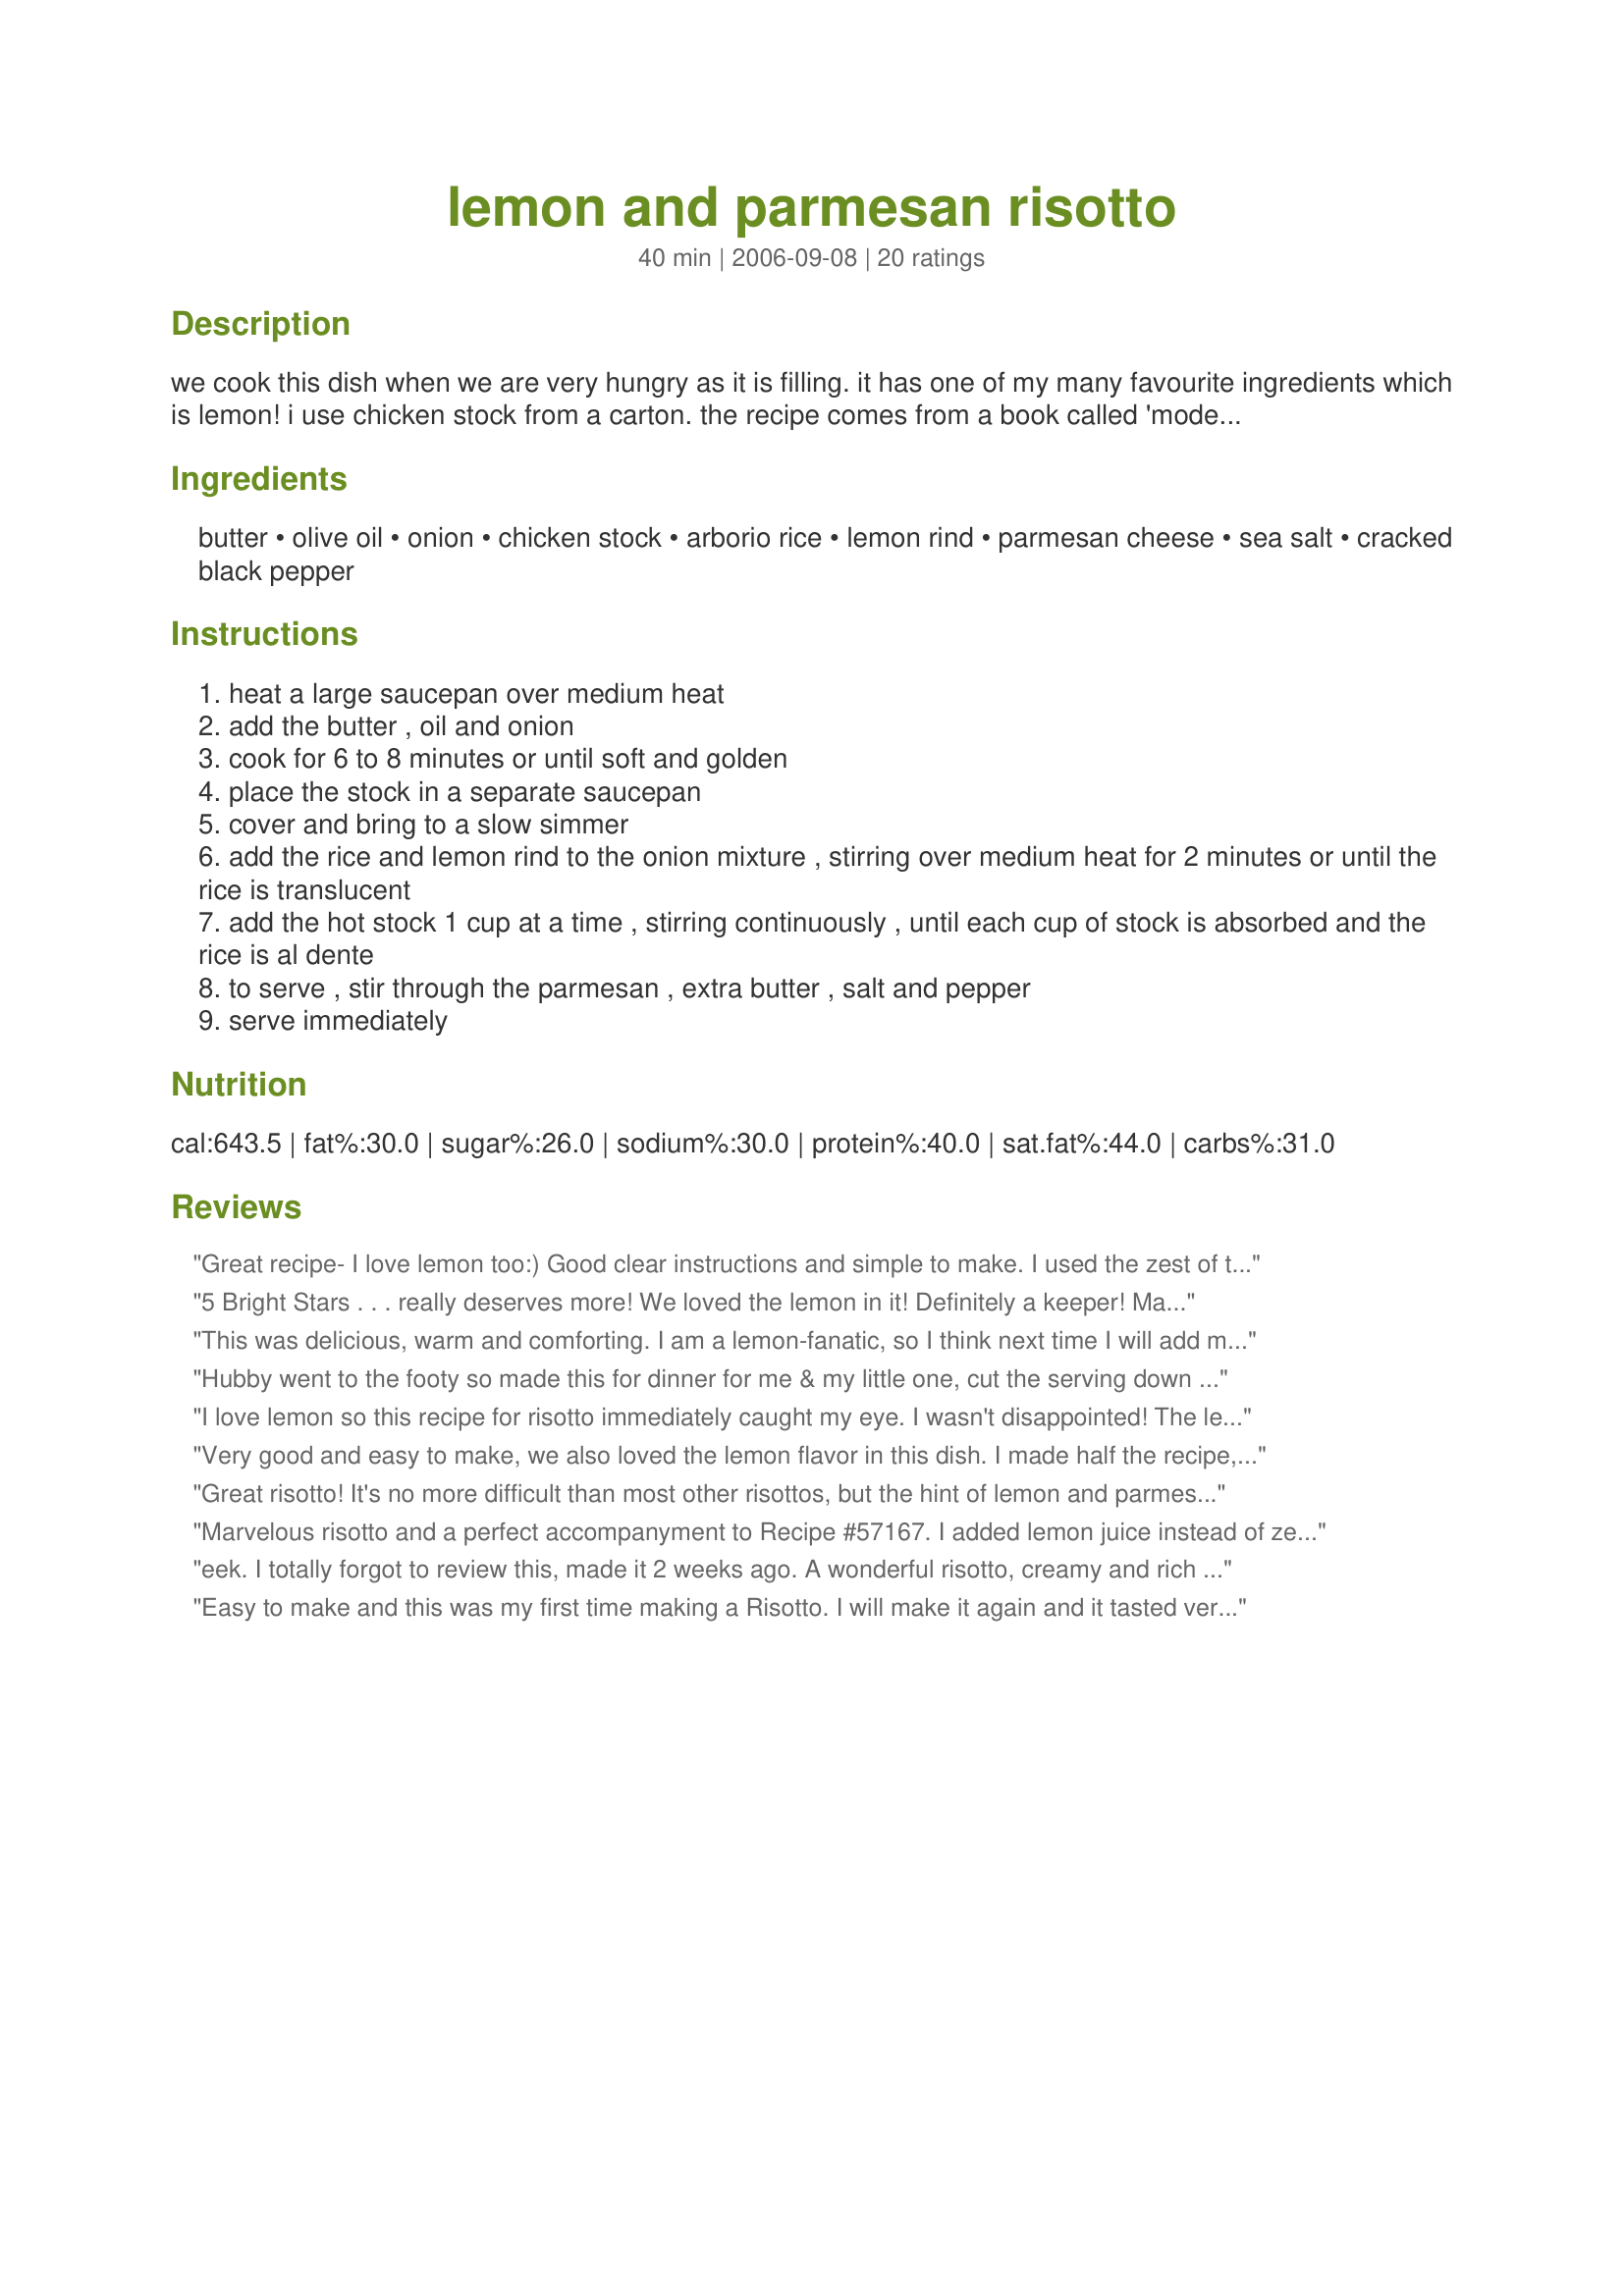
lemon and parmesan risotto
Preparation time: 40 minutes

we cook this dish when we are very hungry as it is filling. it has one of my many favourite ingredients which is lemon! i use chicken stock from a carton. the recipe comes from a book called 'modern classics' book 1 by donna hay

Ingredients:
butter, olive oil, onion, chicken stock, arborio rice, lemon rind, parmesan cheese, sea salt, cracked black pepper

Steps:
heat a large saucepan over medium heat
add the butter , oil and onion
cook for 6 to 8 minutes or until soft and golden
place the stock in a separate saucepan
cover and bring to a slow simmer
add the rice and lemon rind to the onion mixture , stirring over medium heat for 2 minutes or until the rice is translucent
add the hot stock 1 cup at a time , stirring continuously , until each cup of stock is absorbed and the rice is al dente
to serve , stir through the parmesan , extra butter , salt and pepper
serve immediately

Reviews:
Great recipe- I love lemon too:) Good clear instructions and simple to make. I used the zest of two lemons and added the juice of half a lemon with the stock. I used gluten-free stock (Massell brand) to make this recipe suitable for a gluten-free diet. Added extra finely grated parmesan cheese and cracked black pepper to serve. Served this as a side to grilled fish fillets. Thanks for another great recipe Chef floWer. Photo also being posted.
5 Bright Stars . . . really deserves more! We loved the lemon in it! Definitely a keeper! Made for ZWT 4!
This was delicious, warm and comforting. I am a lemon-fanatic, so I think next time I will add more lemon, but it was wonderful just as is.
Thanks, Chef floWer!
Hubby went to the footy so made this for dinner for me & my little one, cut the serving down to suit one. It was very nice & simple to make. I didn't really get the lemon taste coming through, (maybe I didn't convert it right for 1 serve) & the stock was a little salty but now I know to add more lemon rind & use low salt stock for next time. Couldn't get my little one to eat it so I spread it on some bread with some cream cheese spread and she gobbled it up.
I love lemon so this recipe for risotto immediately caught my eye. I wasn't disappointed! The lemon flavor came through and the risotto was easy to do thanks to the concise & clear instructions. I did sprinkle with fresh parsley before serving. Thank you for a recipe I will use again! Made for ZWT4.
Very good and easy to make, we also loved the lemon flavor in this dish. I made half the recipe, which makes 4 servings and I used 2 T. of butter initially. This goes in the favorites file! Made for ZWT4.
Great risotto! It's no more difficult than most other risottos, but the hint of lemon and parmesan makes it taste more special. Thanx for a new risotto recipe to enjoy!
Marvelous risotto and a perfect accompanyment to Recipe #57167. I added lemon juice instead of zest and skipped the pepper. It's a classic risotto and just couldn't be any better with it creamy lemony goodness.
eek. I totally forgot to review this, made it 2 weeks ago.

A wonderful risotto, creamy and rich with a great zing from the lemon. I added a little bit extra lemon since i love it so much.
Easy to make and this was my first time making a Risotto. I will make it again and it tasted very good. I also made just enough for 2 of us 1 1/2 c rice .Thank you for posting. Made for the Chic Chefs ZWT4
Delicious! I reduced the rice to 1 1/2 cup, and the broth to 4 cups and added the juice of a lemon just prior to the first cup of broth. Served alongside broccoli with lemon butter sauce, and grilled Swordfish. Will definitely make again!
My first time trying risotto and it turned out beautiful! I followed a few other reviewers suggestion and added the fresh lemon juice from one lemon. It really gave it that extra punch of flavor! Topped it with sauteed mushrooms and used it as a side to a roast. Thanks so much for a fabulous, easy to follow recipe!
*Made for Australia/NZ Swap #51* DH has made Risotta many times and I never paid attention. I prepared 1/2 recipe as written for 2 of us (who ate PLENTY !!) and have enough for another meal ! Loved the lemon tang -- and only deviation was a splash of white wine while rice was toasting -- DH's suggestion. Other than taking some time for attention, is not at all difficult and tastes WAY better than "any old" rice ! Thanks for posting, Chef floWer !!
The recipe turned out nicely, but I don't think I care for Risotto- its too much work and not that different from regular rice. Thanks for sharing. I tried it for ZWT 4 Flying Duchess'
I followed the 9 Rules for cooking risotto in the Zingerman's Guide to Good Eating. The lemon was very subtle, the dish was creamy and delicious. This was my sister's first risotto experience and we both give 5 stars. Made for Please Review my Recipe. This is a keeper! Thanks for posting Chef floWer.
This was a very yummy risotto. I used only half the butter and only needed about 3 cups of stock (I used vegetarian chicken stock), but I added a Tablespoon of lemon because I love the extra sour taste of lemon in my food. It turned out great and tasted nice with Recipe #264507. Made for ZWT 4.
The proportions are correct but I don't think you have a proper risotto without adding white wine. I bought a 1 L of chicken stock (4 cups) and put it in a pot to simmer. I added it all in 1 cup at a time and then added 1.5 - 2 cups of white wine until it was al dente. The smell was absolutely amazing and the flavour divine!
It was my first time making risotto. I used 25% less salt chicken broth and about 3/4 cup of parmesan. Everything else was kept the same and it turned out wonderful! Thanks so much for this post!
On a rainy day here in Maryland in the month of August, this was the perfect treat for our family. After a long hot summer of eating vegetables, grilled items, etc....we were in need for some good comfort food. Risotto made and stirred for a long time in all its glory tastes just like this! Couldn't of been easier and followed this to a "T". The lemon gave this risotto such a fresh flavor, the parmesan cheese couples perfectly with the butter and sea salt. I used a vegetable stock, and didn't mess around and used pure butter. There is nothing to change or add to this terrific recipe. Except make more! Thanks, Chef floWer! Will make again and again!
I saved this recipe a long time ago and even bought the ingredients then forgot about it. Discovered it again yesterdy when I was looking for something differant to go with our deep fried tilapia and decided this was the perfect time. I was a little nervous as I've heard that risotto can be tricky but your directions made this clear and simple. Loved the lemon in it but the chicken stock seemed to make it a little salty to me, I think next time I'll make it half water and half stock. DH on the other hand thought it was perfect so suppose that's a personal thing as he prefers much more salt than I do. The lemon was an added bonus and I even added a bit of the juice which I think made it even better as I'm a HUGE lemon fan. Thanks so much for posting one very nice recipe.
